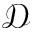
\mathcal { D }